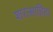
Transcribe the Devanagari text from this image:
शरत्साहित्य